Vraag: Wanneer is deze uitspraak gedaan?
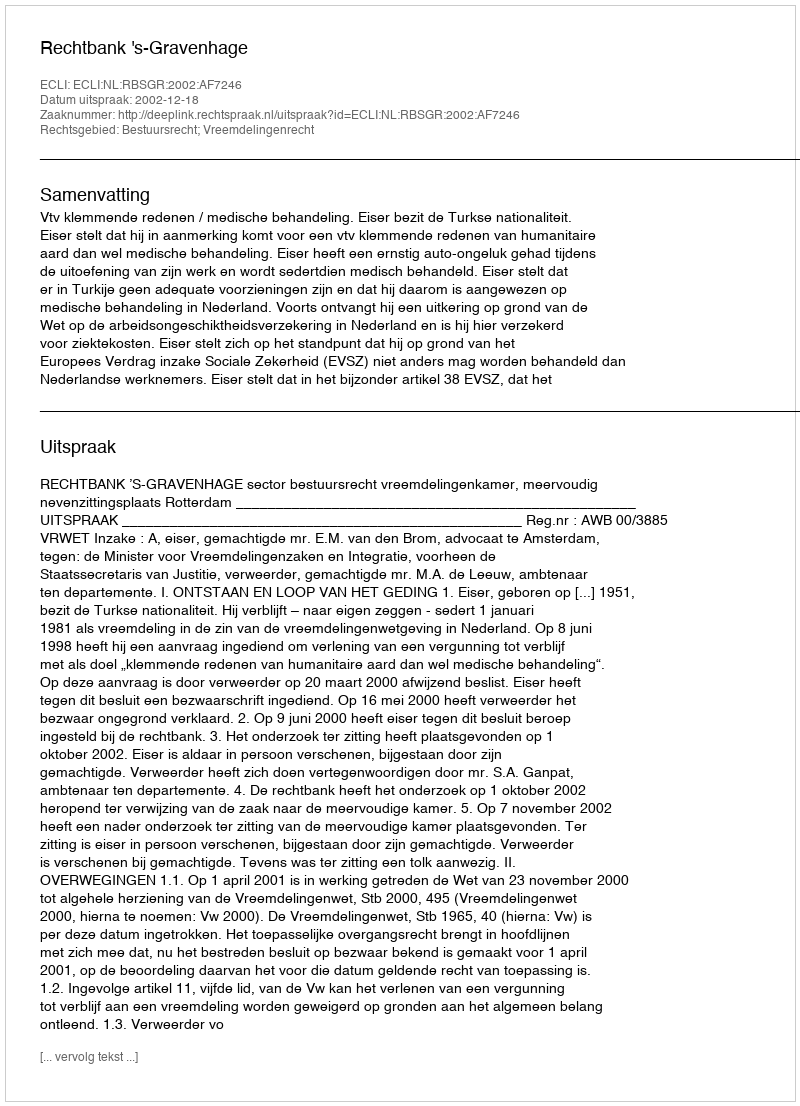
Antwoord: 2002-12-18